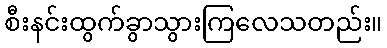
စီးနင်းထွက်ခွာသွားကြလေသတည်း။